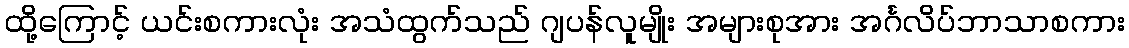
ထို့ကြောင့် ယင်းစကားလုံး အသံထွက်သည် ဂျပန်လူမျိုး အများစုအား အင်္ဂလိပ်ဘာသာစကား